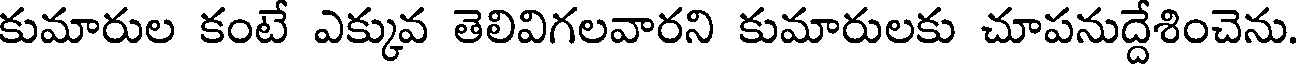
కుమారుల కంటే ఎక్కువ తెలివిగలవారని కుమారులకు చూపనుద్దేశించెను